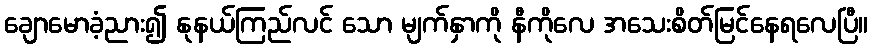
ချောမောခံ့ညား၍ နုနယ်ကြည်လင် သော မျက်နှာကို နီကိုလေ အသေးစိတ်မြင်နေရလေပြီ။